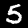
Digit: 5